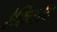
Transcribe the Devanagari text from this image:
रेफ्रिजरेंट